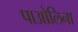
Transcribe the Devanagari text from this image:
पाओलिना